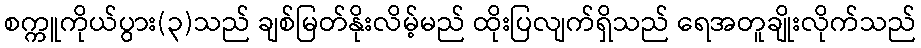
စက္ကူကိုယ်ပွား(၃)သည် ချစ်မြတ်နိုးလိမ့်မည် ထိုးပြလျက်ရှိသည် ရေအတူချိုးလိုက်သည်